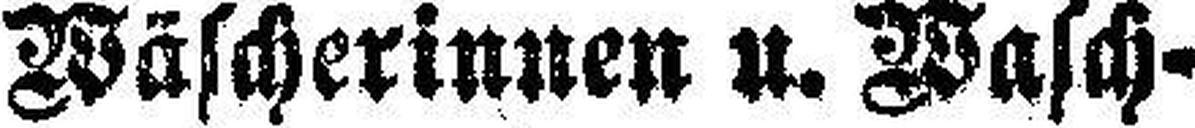
Wäscherinnen u. Wasch¬